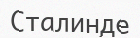
Сталинде